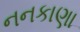
નનકાણા